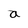
Character: a